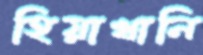
হিয়াখানি